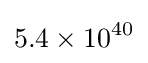
5.4\times 10^{40}